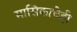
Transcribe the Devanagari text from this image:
मासिकाचेही